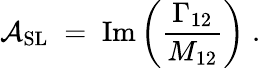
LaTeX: {\cal A}_{\mathrm{SL}}\; =\; \mathrm{Im}\left(\frac{\Gamma_{12}}{M_{12}}\right)\; .